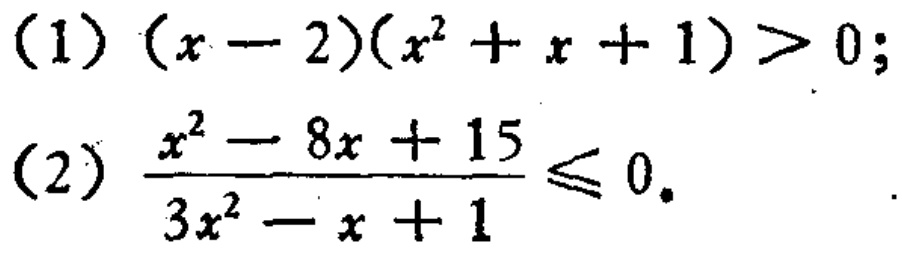
(1) \((x - 2)(x^{2}+x + 1)>0\);
(2) \(\frac{x^{2}-8x + 15}{3x^{2}-x + 1}\leq0\).